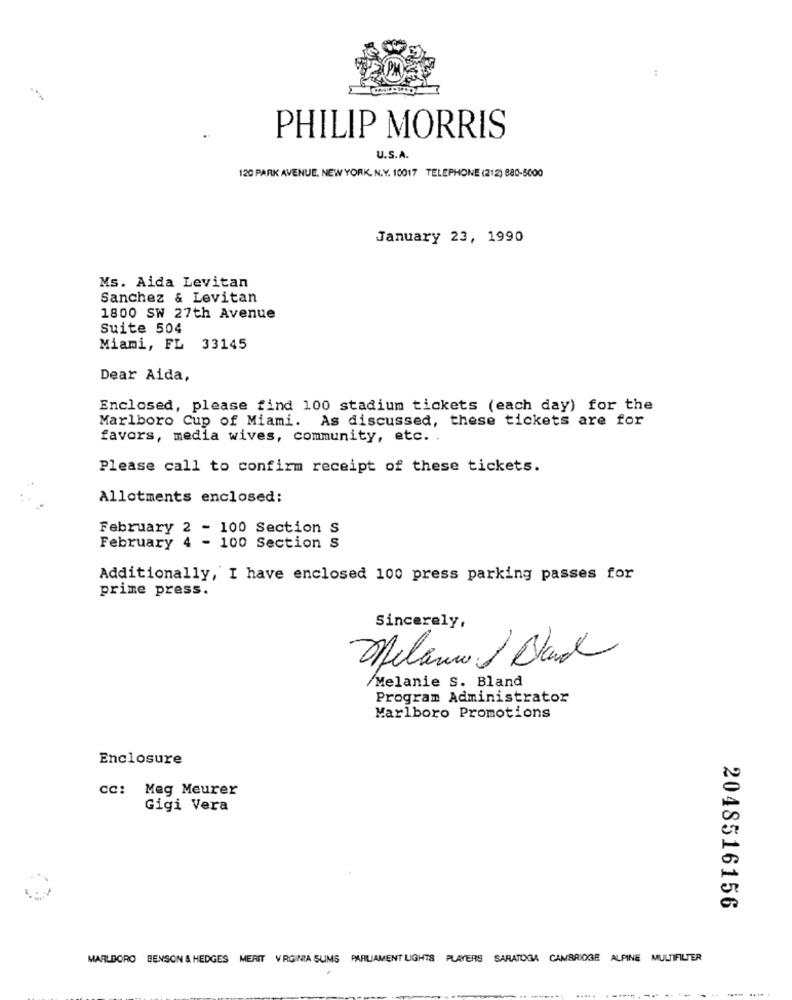
PHILIP MORRIS
U.S.A.
120 PARK AVENUE, NEW YORK. N.Y. 10017 TELEPHONE (212) 880-5000
January 23, 1990
Ms. Aida Levitan
Sanchez & Levitan
1800 SW 27th Avenue
Suite 504
Miami, FL 33145
Dear Aida,
Enclosed, please find 100 stadium tickets (each day) for the
Marlboro Cup of Miami. As discussed, these tickets are for
favors, media wives, community, etc. .
Please call to confirm receipt of these tickets.
Allotments enclosed:
February 2 - 100 Section S
February 4 - 100 Section S
Additionally, I have enclosed 100 press parking passes for
prime press.
Sincerely,
Melanie 1 Dland
/Melanie S. Bland
Program Administrator
Marlboro Promotions
Enclosure
cc: Meg Meurer
Gigi Vera
2048516156
MARLBORO BENSON & HEDGES MERIT VIRGINIA SUMS PARLIAMENT LIGHTS PLAYERS SARATOGA CAMBRIDGE ALPINE MULTIFILTER